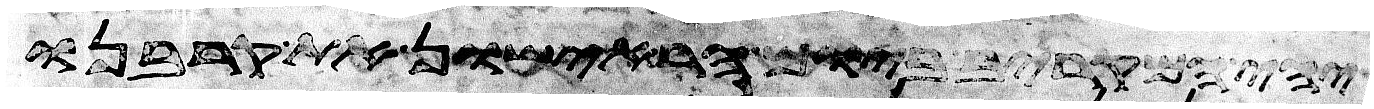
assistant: ויהי המקריב ביום הראישון את קרבנו